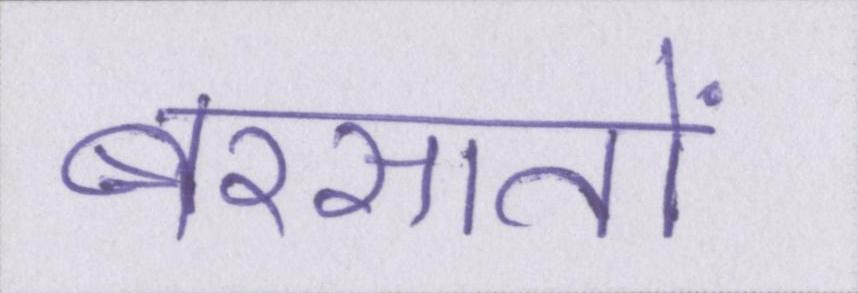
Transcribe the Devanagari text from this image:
बरसातों